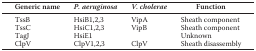
<table><thead><tr><td><b>Generic name</b></td><td><b><i>P. aeruginosa</i></b></td><td><b><i>V. cholerae</i></b></td><td><b>Function</b></td></tr></thead><tbody><tr><td>TssB</td><td>HsiB1,2,3</td><td>VipA</td><td>Sheath component</td></tr><tr><td>TssC</td><td>HsiC1,2,3</td><td>VipB</td><td>Sheath component</td></tr><tr><td>TagJ</td><td>HsiE1</td><td></td><td>Unknown</td></tr><tr><td>ClpV</td><td>ClpV1,2,3</td><td>ClpV</td><td>Sheath disassembly</td></tr></tbody></table>